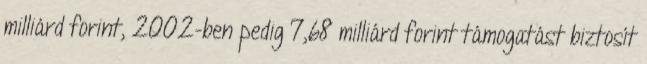
milliárd forint, 2002-ben pedig 7,68 milliárd forint támogatást biztosít